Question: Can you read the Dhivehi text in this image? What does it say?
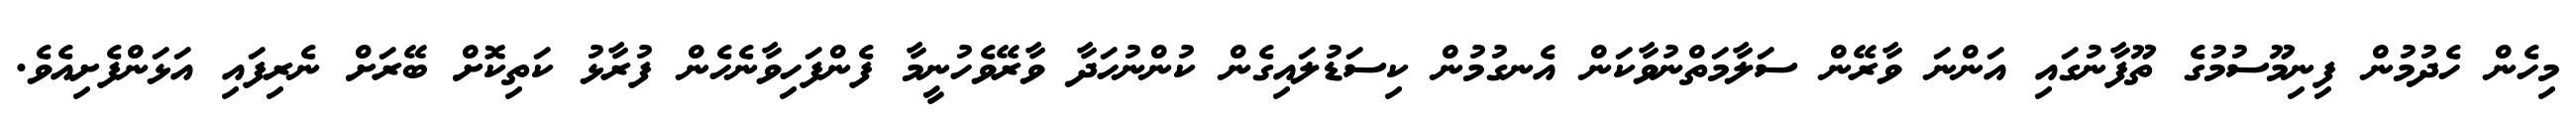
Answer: މިހެން ހެދުމުން ފިނިމޫސުމުގެ ތޫފާނުގައި އަންނަ ވާރޭން ސަލާމަތްނުވާކަން އެނގުމުން ކިސަޑުލައިގެން ކުންނުހަދާ ވާރޭވެހުނީމާ ފެންފަހިވާނެހެން ފުރާޅު ކަތިކޮށް ބޭރަށް ނެރިފައި އަޅަންފެށިއެވެ.